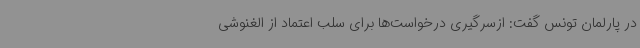
در پارلمان تونس گفت: ازسرگیری درخواست‌ها برای سلب اعتماد از الغنوشی